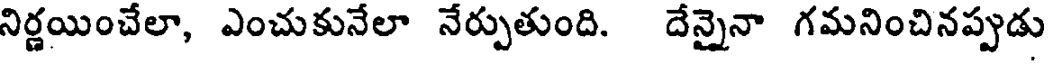
నిర్ణయించేలా, ఎంచుకునేలా నేర్పుతుంది. దేన్నైనా గమనించినప్పుడు